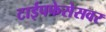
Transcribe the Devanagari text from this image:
टाईपफेसेसवर